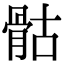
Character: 骷